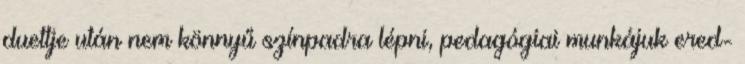
duettje után nem könnyű színpadra lépni, pedagógiai munkájuk ered-